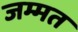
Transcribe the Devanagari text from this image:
जम्मत